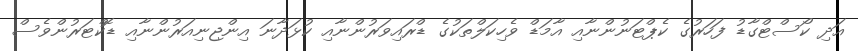
އަދި ކޯސްޓްގާޑު ފަހަރުގެ ކެޕްޓަނުންނާއި އާމަޑް ވެހިކަލްތަކުގެ ޑްރައިވަރުންނާއި ކުޅަދާނަ އިންޖިނިއަރުންނާއި ޑޮކްޓަރުންވެސް